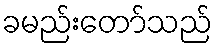
ခမည်းတော်သည်